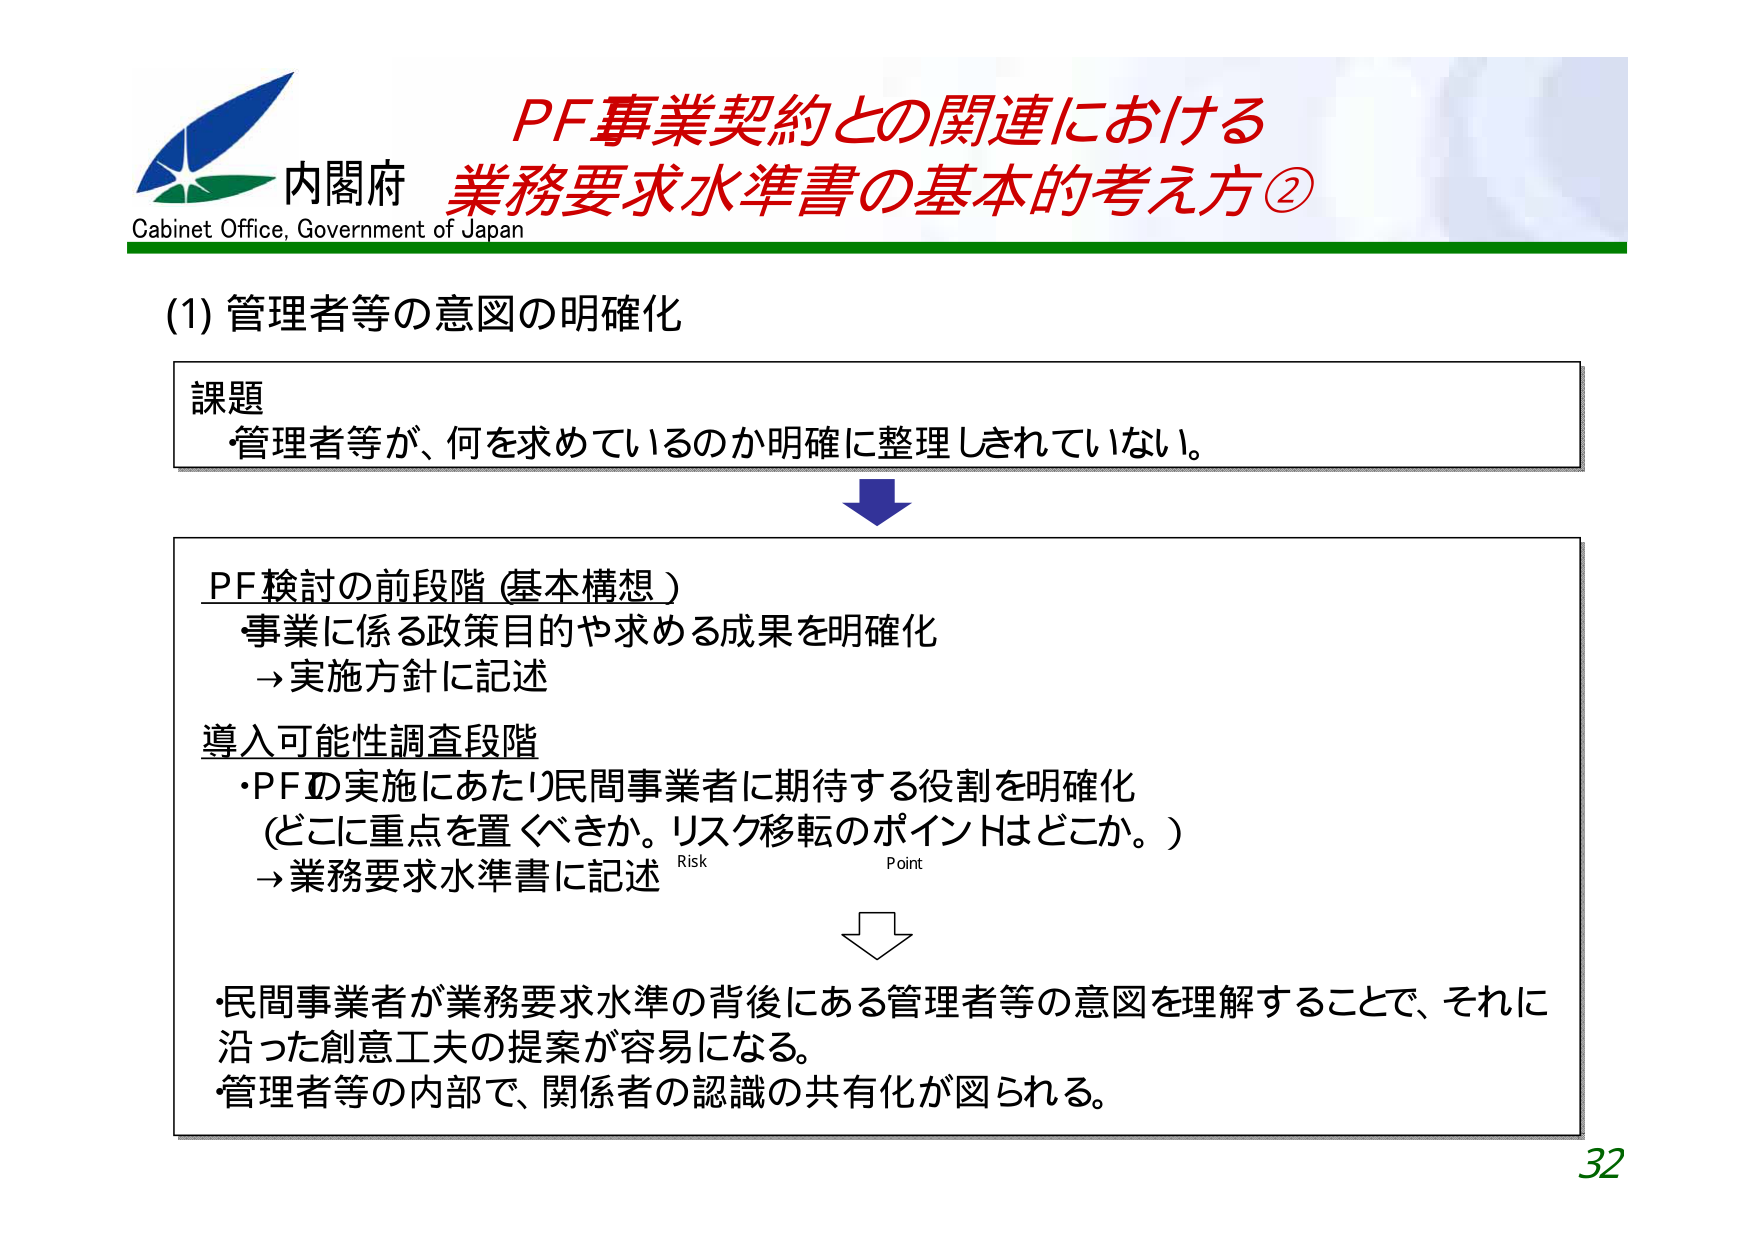
内閣府
Cabinet Office, Government of Japan
PF事業契約との関連における
業務要求水準書の基本的考え方②
(1) 管理者等の意図の明確化
課題
・管理者等が、何を求めているのか明確に整理されていない。
PF検討の前段階（基本構想）
・事業に係る政策目的や求める成果を明確化
→実施方針に記述
導入可能性調査段階
・PFの実施にあたり民間事業者に期待する役割を明確化
（どこに重点を置くべきか。リスク移転のポイントはどこか。）
→業務要求水準書に記述
Risk
Point
・民間事業者が業務要求水準の背後にある管理者等の意図を理解することで、それに沿った創意工夫の提案が容易になる。
・管理者等の内部で、関係者の認識の共有化が図られる。
32